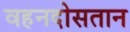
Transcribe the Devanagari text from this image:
वहनदोसतान